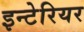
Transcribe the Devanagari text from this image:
इन्टेरियर